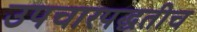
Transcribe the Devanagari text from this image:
उपचारपद्धतीच